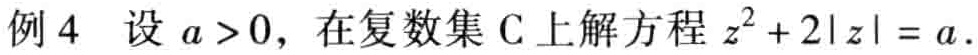
例 4 设 \(a > 0\)，在复数集 \(\mathrm{C}\) 上解方程 \(z^{2}+2|z| = a\)。